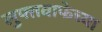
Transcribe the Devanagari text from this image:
लुफ्तवाफेच्या